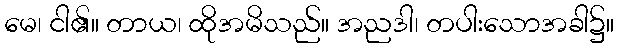
မေ၊ ငါ၏။ တာယ၊ ထိုအမိသည်။ အညဒါ၊ တပါးသောအခါ၌။